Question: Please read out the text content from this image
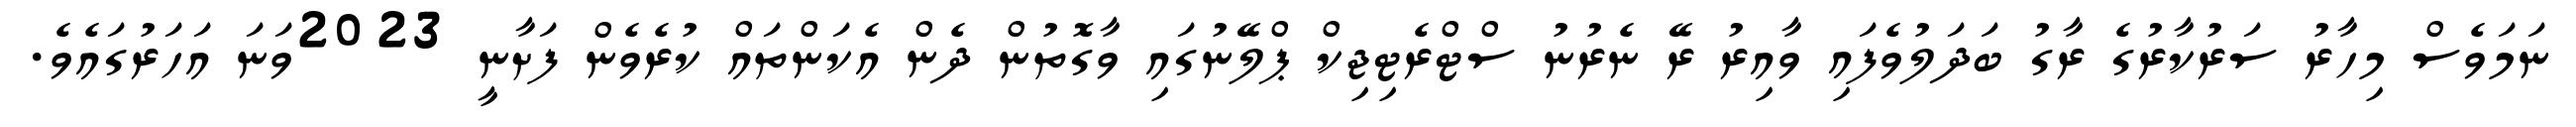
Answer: ނަމަވެސް މިހާރު ސަރުކާރުގެ ރާގު ބަދަލުވެފައި ވާއިރު ރޭ ނެރުނު ސްޓްރެޓިޖިކް ޕްލޭނުގައި ވާގޮތުން ދެން އެކަންތައް ކުރެވެން ފަށާނީ 2023ވަނަ އަހަރުގައެވެ.